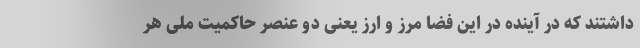
داشتند که در آینده در این فضا مرز و ارز یعنی دو عنصر حاکمیت ملی هر